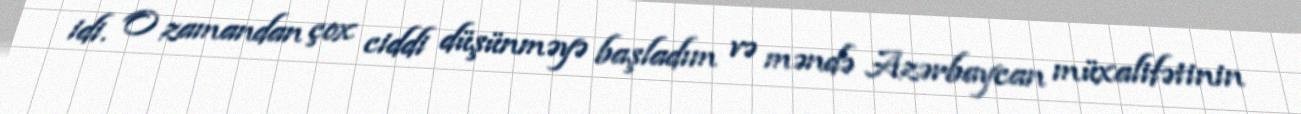
idi. O zamandan çox ciddi düşünməyə başladım və məndə Azərbaycan müxalifətinin